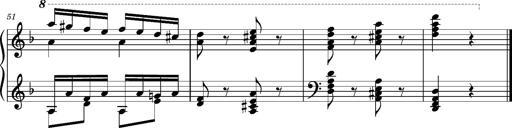
Title: Ungarischer Romanzero
Composer: Franz Liszt